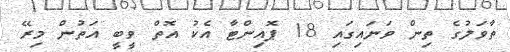
ތާވަލުގެ ތިން ވަނައިގައި 18 ޕޮއިންޓާ އެކު އޮތް ވީބީ އަތުން މިރޭ